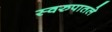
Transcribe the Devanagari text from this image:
स्वरुपातले